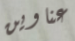
عناوين